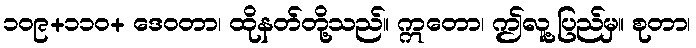
၁၀၉+၁၁၀+ ဒေဝတာ၊ ထိုနတ်တို့သည်။ ဣတော၊ ဤလူ့ပြည်မှ။ စုတာ၊